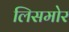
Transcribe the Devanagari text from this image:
लिसमोर